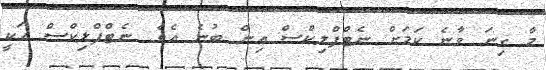
މާ ގިނަ ވާނެ ކަމަށް ނެޓްފްލިކްސް އިން ބުނެ އެވެ. ނެޓްފްލިކްސް އަކީ